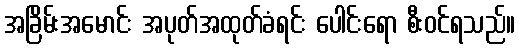
အခြိမ်းအမောင်း အပုတ်အထုတ်ခံရင်း ပေါင်းရော စီးဝင်ရသည်။